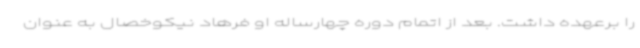
را برعهده داشت. بعد از اتمام دوره چهارساله او فرهاد نیکوخصال به عنوان